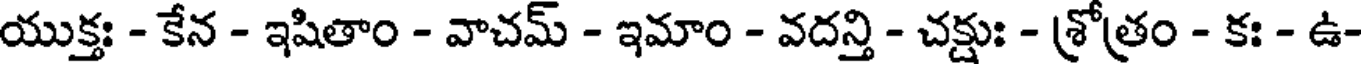
యుక్తః - కేన - ఇషితాం - వాచమ్ - ఇమాం - వదన్తి - చక్షుః - శ్రోత్రం - కః - ఉ-